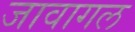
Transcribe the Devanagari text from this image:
जावागल